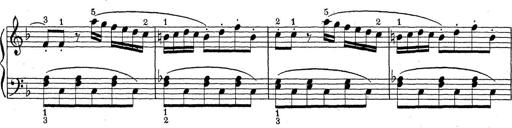
Title: ÄŒeskÃ© Sonatiny
Composer: Various